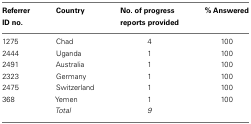
<table><thead><tr><td><b>Referrer ID no.</b></td><td><b>Country</b></td><td><b>No. of progress reports provided</b></td><td><b>% Answered</b></td></tr></thead><tbody><tr><td>1275</td><td>Chad</td><td>4</td><td>100</td></tr><tr><td>2444</td><td>Uganda</td><td>1</td><td>100</td></tr><tr><td>2491</td><td>Australia</td><td>1</td><td>100</td></tr><tr><td>2323</td><td>Germany</td><td>1</td><td>100</td></tr><tr><td>2475</td><td>Switzerland</td><td>1</td><td>100</td></tr><tr><td>368</td><td>Yemen</td><td>1</td><td>100</td></tr><tr><td></td><td><i>Total</i></td><td><i>9</i></td><td></td></tr></tbody></table>